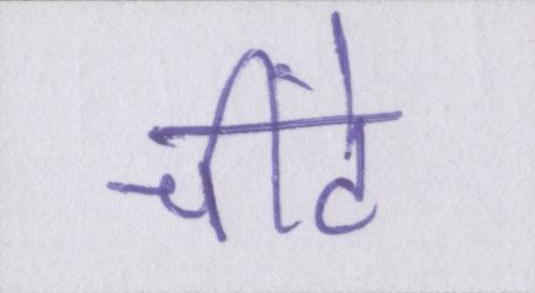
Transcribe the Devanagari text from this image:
चींटे